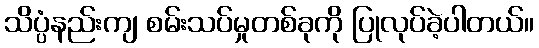
သိပ္ပံနည်းကျ စမ်းသပ်မှုတစ်ခုကို ပြုလုပ်ခဲ့ပါတယ်။